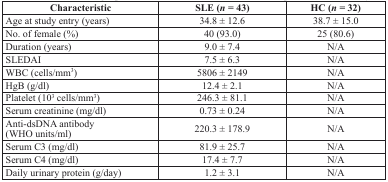
<table><thead><tr><td><b>Characteristic</b></td><td><b>SLE (<i>n</i> = 43)</b></td><td><b>HC (<i>n</i> = 32)</b></td></tr></thead><tbody><tr><td>Age at study entry (years)</td><td>34.8 ± 12.6</td><td>38.7 ± 15.0</td></tr><tr><td>No. of female (%)</td><td>40 (93.0)</td><td>25 (80.6)</td></tr><tr><td>Duration (years)</td><td>9.0 ± 7.4</td><td>N/A</td></tr><tr><td>SLEDAI</td><td>7.5 ± 6.3</td><td>N/A</td></tr><tr><td>WBC (cells/mm<sup>3</sup>)</td><td>5806 ± 2149</td><td>N/A</td></tr><tr><td>HgB (g/dl)</td><td>12.4 ± 2.1</td><td>N/A</td></tr><tr><td>Platelet (10<sup>3</sup> cells/mm<sup>3</sup>)</td><td>246.3 ± 81.1</td><td>N/A</td></tr><tr><td>Serum creatinine (mg/dl)</td><td>0.73 ± 0.24</td><td>N/A</td></tr><tr><td>Anti-dsDNA antibody (WHO units/ml)</td><td>220.3 ± 178.9</td><td>N/A</td></tr><tr><td>Serum C3 (mg/dl)</td><td>81.9 ± 25.7</td><td>N/A</td></tr><tr><td>Serum C4 (mg/dl)</td><td>17.4 ± 7.7</td><td>N/A</td></tr><tr><td>Daily urinary protein (g/day)</td><td>1.2 ± 3.1</td><td>N/A</td></tr></tbody></table>